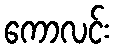
ကောလင်း